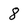
Character: 8